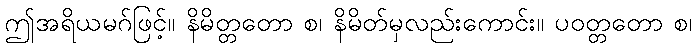
ဤအရိယမဂ်ဖြင့်။ နိမိတ္တတော စ၊ နိမိတ်မှလည်းကောင်း။ ပဝတ္တတော စ၊